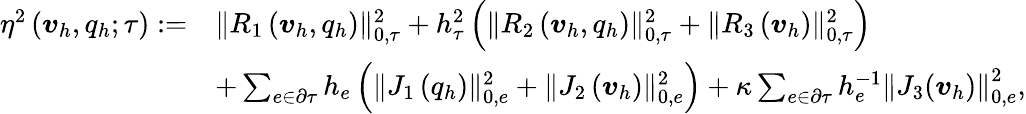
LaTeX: \begin{array}{rl}{\eta^{2}\left(\boldsymbol{v}_{h},{q}_{h};\tau\right):=}&{\| R_{1}\left(\boldsymbol{v}_{h},{q}_{h}\right)\| _{0,\tau}^{2}+h_{\tau}^{2}\left(\| R_{2}\left(\boldsymbol{v}_{h},{q}_{h}\right)\| _{0,\tau}^{2}+\| R_{3}\left(\boldsymbol{v}_{h}\right)\| _{0,\tau}^{2}\right)}\\ &{+\sum_{e\in\partial\tau}h_{e}\left(\| J_{1}\left({q}_{h}\right)\| _{0,e}^{2}+\| J_{2}\left(\boldsymbol{v}_{h}\right)\| _{0,e}^{2}\right)+\kappa\sum_{e\in\partial\tau}h_{e}^{-1}\left\| J_{3}(\boldsymbol{v}_{h})\right\| _{0,e}^{2},}\end{array}